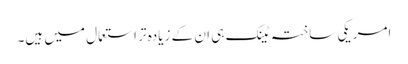
امریکی ساختہ ٹینک ہی ان کے زیادہ تر استعمال میں ہیں۔